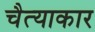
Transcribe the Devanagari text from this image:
चैत्याकार